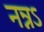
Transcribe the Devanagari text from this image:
नन्नऽ